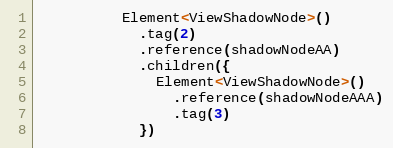
Language: C++
          Element<ViewShadowNode>()
            .tag(2)
            .reference(shadowNodeAA)
            .children({
              Element<ViewShadowNode>()
                .reference(shadowNodeAAA)
                .tag(3)
            })